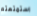
استمتعتم